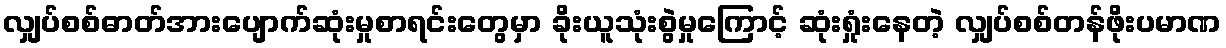
လျှပ်စစ်ဓာတ်အားပျောက်ဆုံးမှုစာရင်းတွေမှာ ခိုးယူသုံးစွဲမှုကြောင့် ဆုံးရှုံးနေတဲ့ လျှပ်စစ်တန်ဖိုးပမာဏ